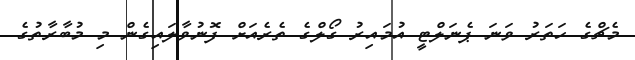
މެޗްގެ ހަތަރު ވަނަ ޕެނަލްޓީ އުމައިރު ގޯލްގެ ތެރެއަށް ފޮނުވާލައިގެން މި މުބާރާތުގެ